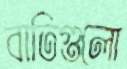
বাতিগুলো